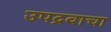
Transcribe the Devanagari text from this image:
उपद्रवाचा